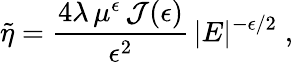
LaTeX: \widetilde{\eta}=\frac{4\lambda\, \mu^{\epsilon}\, {\mathcal J}(\epsilon)}{\epsilon^{2}}\, |E|^{-\epsilon/2}\; ,